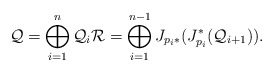
\begin{align*}\mathcal{Q} = \bigoplus_{i = 1}^n \mathcal{Q}_i \mathcal{R} = \bigoplus_{i = 1}^{n-1} J_{p_i *} (J_{p_i}^* (\mathcal{Q}_{i +1})).\end{align*}